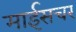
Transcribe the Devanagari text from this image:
माईसचर